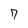
Character: 7